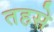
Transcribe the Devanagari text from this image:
तहसे